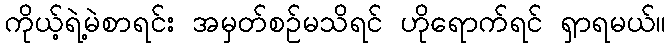
ကိုယ့်ရဲ့မဲစာရင်း အမှတ်စဉ်မသိရင် ဟိုရောက်ရင် ရှာရမယ်။